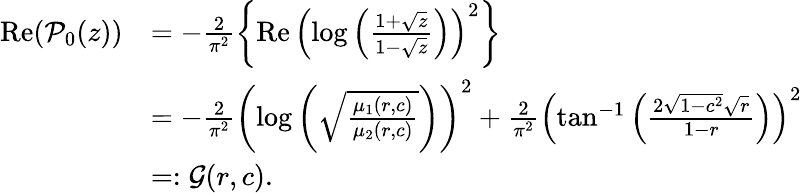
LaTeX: \begin{array}{rl}{\operatorname{Re}(\mathcal{P}_{0}(z))}&{=-\frac{2}{\pi^{2}}\left\{ \operatorname{Re}\left(\log\left(\frac{1+\sqrt{z}}{1-\sqrt{z}}\right)\right)^{2}\right\} }\\ &{=-\frac{2}{\pi^{2}}\left(\log\left(\sqrt{\frac{\mu_{1}(r,c)}{\mu_{2}(r,c)}}\right)\right)^{2}+\frac{2}{\pi^{2}}\left(\tan^{-1}\left(\frac{2\sqrt{1-c^{2}}\sqrt{r}}{1-r}\right)\right)^{2}}\\ &{=:\mathcal{G}(r,c).}\end{array}